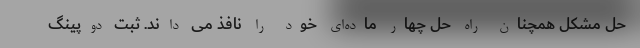
حل مشکل همچنان راه حل چهار ماده‌ای خود را نافذ می داند. ثبت دوپینگ